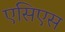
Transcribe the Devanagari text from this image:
एसिएस